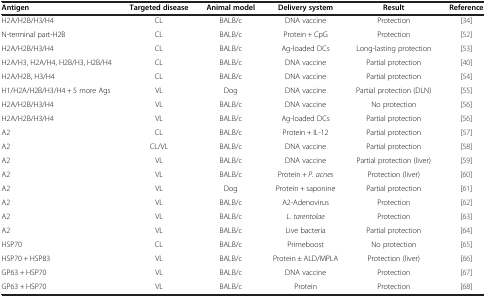
<table><thead><tr><td><b>Antigen</b></td><td><b>Targeted disease</b></td><td><b>Animal model</b></td><td><b>Delivery system</b></td><td><b>Result</b></td><td><b>Reference</b></td></tr></thead><tbody><tr><td>H2A/H2B/H3/H4</td><td>CL</td><td>BALB/c</td><td>DNA vaccine</td><td>Protection</td><td>[34]</td></tr><tr><td>N-terminal part-H2B</td><td>CL</td><td>BALB/c</td><td>Protein + CpG</td><td>Protection</td><td>[52]</td></tr><tr><td>H2A/H2B/H3/H4</td><td>CL</td><td>BALB/c</td><td>Ag-loaded DCs</td><td>Long-lasting protection</td><td>[53]</td></tr><tr><td>H2A/H3, H2A/H4, H2B/H3, H2B/H4</td><td>CL</td><td>BALB/c</td><td>DNA vaccine</td><td>Partial protection</td><td>[40]</td></tr><tr><td>H2A/H2B, H3/H4</td><td>CL</td><td>BALB/c</td><td>DNA vaccine</td><td>Partial protection</td><td>[54]</td></tr><tr><td>H1/H2A/H2B/H3/H4 + 5 more Ags</td><td>VL</td><td>Dog</td><td>DNA vaccine</td><td>Partial protection (DLN)</td><td>[55]</td></tr><tr><td>H2A/H2B/H3/H4</td><td>VL</td><td>BALB/c</td><td>DNA vaccine</td><td>No protection</td><td>[56]</td></tr><tr><td>H2A/H2B/H3/H4</td><td>VL</td><td>BALB/c</td><td>Ag-loaded DCs</td><td>Partial protection</td><td>[56]</td></tr><tr><td>A2</td><td>CL</td><td>BALB/c</td><td>Protein + IL-12</td><td>Partial protection</td><td>[57]</td></tr><tr><td>A2</td><td>CL/VL</td><td>BALB/c</td><td>DNA vaccine</td><td>Partial protection</td><td>[58]</td></tr><tr><td>A2</td><td>VL</td><td>BALB/c</td><td>DNA vaccine</td><td>Partial protection (liver)</td><td>[59]</td></tr><tr><td>A2</td><td>VL</td><td>BALB/c</td><td>Protein + <i>P. acnes</i></td><td>Protection (liver)</td><td>[60]</td></tr><tr><td>A2</td><td>VL</td><td>Dog</td><td>Protein + saponine</td><td>Partial protection</td><td>[61]</td></tr><tr><td>A2</td><td>VL</td><td>BALB/c</td><td>A2-Adenovirus</td><td>Protection</td><td>[62]</td></tr><tr><td>A2</td><td>VL</td><td>BALB/c</td><td><i>L. tarentolae</i></td><td>Protection</td><td>[63]</td></tr><tr><td>A2</td><td>VL</td><td>BALB/c</td><td>Live bacteria</td><td>Partial protection</td><td>[64]</td></tr><tr><td>HSP70</td><td>CL</td><td>BALB/c</td><td>Primeboost</td><td>No protection</td><td>[65]</td></tr><tr><td>HSP70 + HSP83</td><td>VL</td><td>BALB/c</td><td>Protein ± ALD/MPLA</td><td>Protection (liver)</td><td>[66]</td></tr><tr><td>GP63 + HSP70</td><td>VL</td><td>BALB/c</td><td>DNA vaccine</td><td>Protection</td><td>[67]</td></tr><tr><td>GP63 + HSP70</td><td>VL</td><td>BALB/c</td><td>Protein</td><td>Protection</td><td>[68]</td></tr></tbody></table>